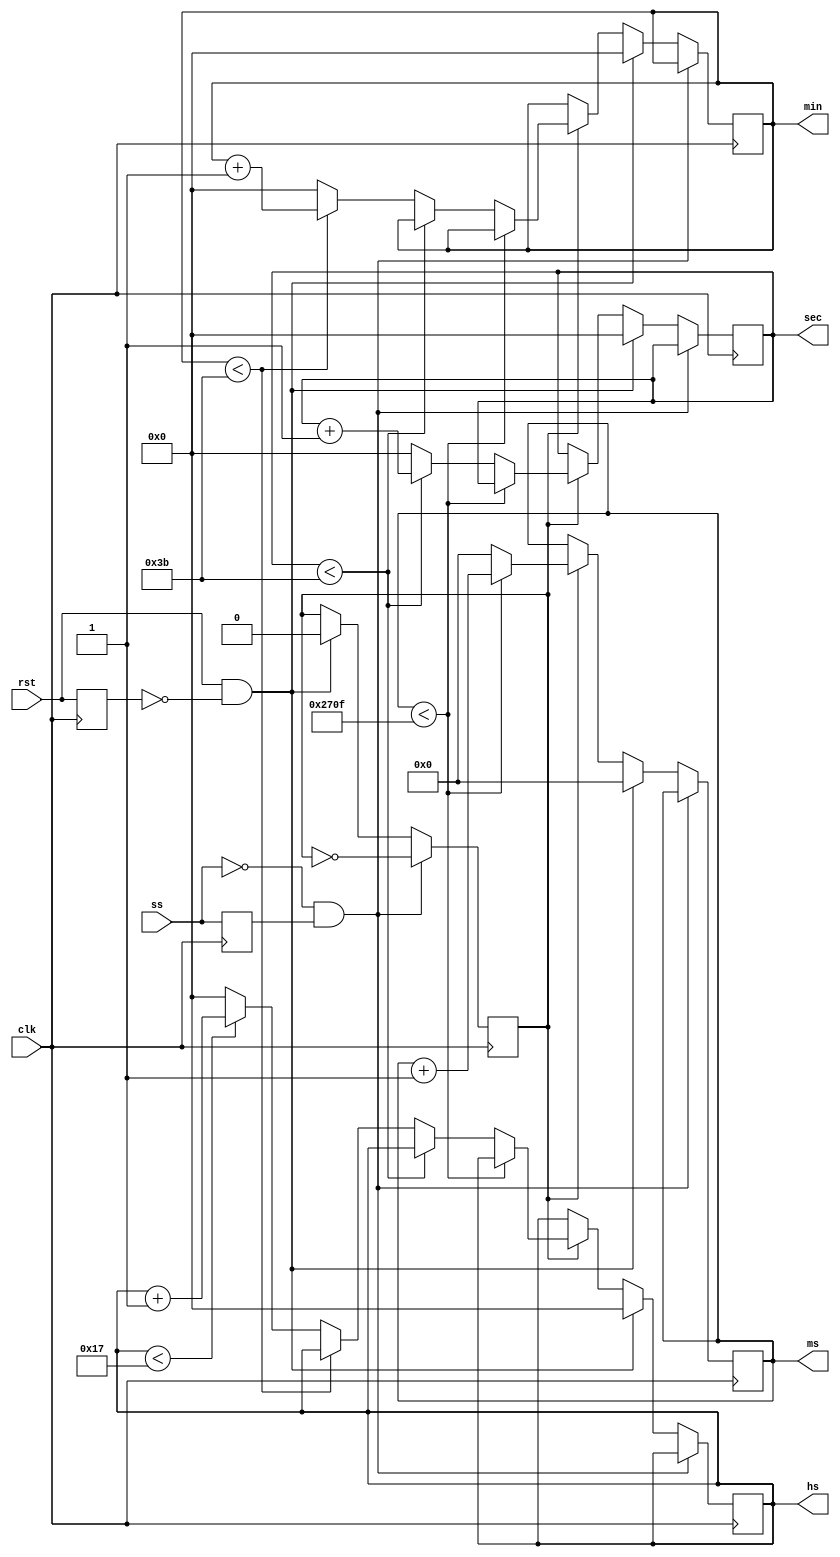
module reloj(rst, ss, clk, ms, sec,min ,hs);
	input clk;
	input rst;
	input ss; // start stop button
	
	output reg [14:0] ms = 0;
	output reg [6:0] sec = 0;
	output reg [6:0] min = 0;
	output reg [6:0] hs = 0;
	reg advance = 0;
	reg ss_old = 0;
	reg rst_old = 0;
	
	always @(posedge clk) begin // note we use a single always because synthesizing limitations
		if (ss == 0 && ss_old == 1) begin
			advance <= !advance; // start stop action
			
		end else if (rst == 1 && rst_old == 0) begin
			ms <= 0; // reset action
			sec <= 0;
			min <= 0;
			hs <= 0;
			advance <= 0;
		end else begin
			if (advance) begin // advance action
				if (ms < 9999) begin
					ms <= ms + 1;
				end else begin
					ms <= 0;
					if (sec < 59) begin
						sec <= sec + 1;
					end else begin
						sec <= 0;
						if (min < 59) begin
							min <= min + 1;
						end else begin
							min <= 0;
							if (hs < 23) begin
								hs <= hs + 1;
							end else begin
								hs <= 0;
							end
						end
					end
				end
			end
		end
		ss_old <= ss; // for edge detection
		rst_old <= rst;
	end
	
endmodule